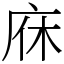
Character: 庥